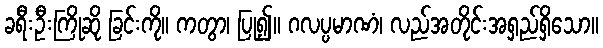
ခရီးဦးကြိုဆို ခြင်းကို။ ကတွာ၊ ပြု၍။ ဂလပ္ပမာဏံ၊ လည်အတိုင်းအရှည်ရှိသော။